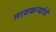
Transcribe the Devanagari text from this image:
गावकर्‍यांचे